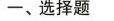
一、选择题